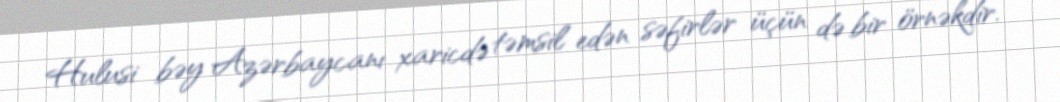
Hulusi bəy Azərbaycanı xaricdə təmsil edən səfirlər üçün də bir örnəkdir.